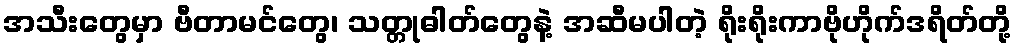
အသီးတွေမှာ ဗီတာမင်တွေ၊ သတ္တုဓါတ်တွေနဲ့ အဆီမပါတဲ့ ရိုးရိုးကာဗိုဟိုက်ဒရိတ်တို့